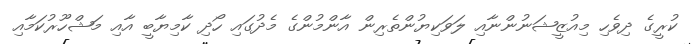
ކުރީގެ ދިވެހި މިއުޒީޝަނުންނާއި ލަވަކިޔުންތެރިން އާންމުންގެ މެދުގައި ހޯދި ކާމިޔާބީ އާއި މަޝްހޫރުކަމާއި